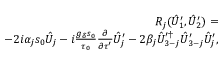
\begin{array} { r l r } & { } & { R _ { j } ( \hat { U } _ { 1 } ^ { \prime } , \hat { U } _ { 2 } ^ { \prime } ) = } \\ & { } & { - 2 i \alpha _ { j } s _ { 0 } \hat { U } _ { j } - i \frac { g _ { \delta } s _ { 0 } } { \tau _ { 0 } } \frac { \partial } { \partial \tau ^ { \prime } } \hat { U } _ { j } ^ { \prime } - 2 \beta _ { j } \hat { U } _ { 3 - j } ^ { \prime \dagger } \hat { U } _ { 3 - j } ^ { \prime } \hat { U } _ { j } ^ { \prime } , } \end{array}